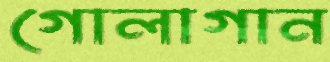
গোলাগান